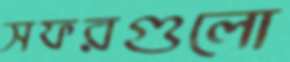
সফরগুলো